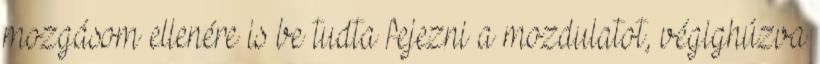
mozgásom ellenére is be tudta fejezni a mozdulatot, végighúzva